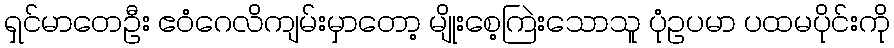
ရှင်မာတေဦး ဧဝံဂေလိကျမ်းမှာတော့ မျိုးစေ့ကြဲးသောသူ ပုံဥပမာ ပထမပိုင်းကို